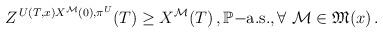
LaTeX: \begin{align*}Z^{\,U(T,x)X^{\mathcal{M}}(0),\pi^U}(T)\ge X^{\mathcal{M}}(T)\,,\mathbb{P}\mathrm{-a.s.}, \forall\ \mathcal{M} \in \mathfrak{M}(x)\,.\end{align*}